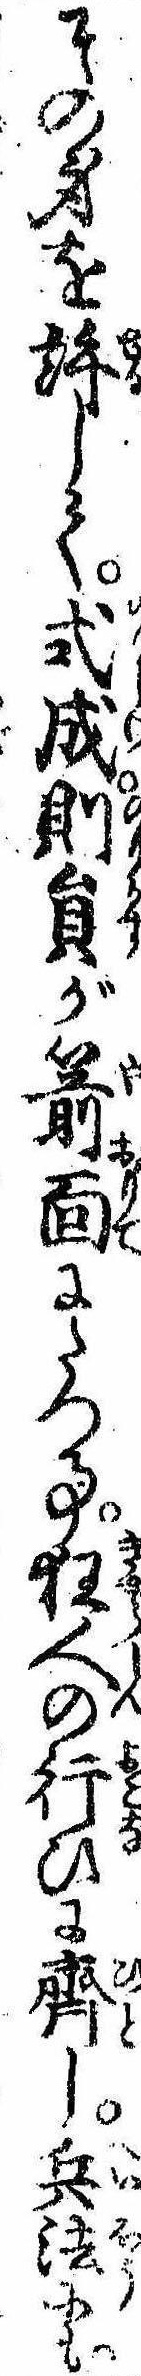
その身を許して式成則員が箭面にたつ事狂人の行ひに斉し兵法にも